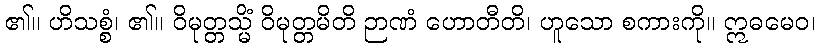
၏။ ဟိသစ္စံ၊ ၏။ ဝိမုတ္တသ္မိံ ဝိမုတ္တမိတိ ဉာဏံ ဟောတီတိ၊ ဟူသော စကားကို။ ဣဓမေဝ၊